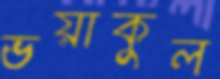
ভয়াকুল